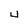
Character: 4